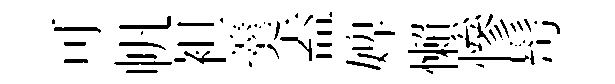
可帆袒羹盍婢懶慘髩